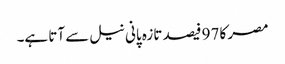
مصر کا 97 فیصد تازہ پانی نیل سے آتا ہے۔